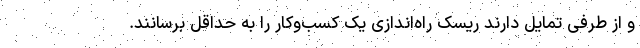
و از طرفی تمایل دارند ریسک راه‌اندازی یک کسب‌وکار را به حداقل برسانند.